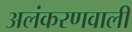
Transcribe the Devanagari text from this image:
अलंकरणवाली